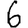
Digit: 6